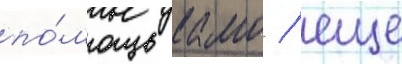
по́мощь камо / еще